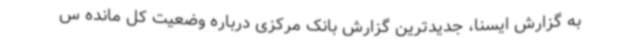
به گزارش ایسنا، جدیدترین گزارش بانک مرکزی درباره وضعیت کل مانده س